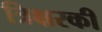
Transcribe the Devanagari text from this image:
त्रिक्षरकी